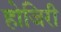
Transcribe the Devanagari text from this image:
होजिरी